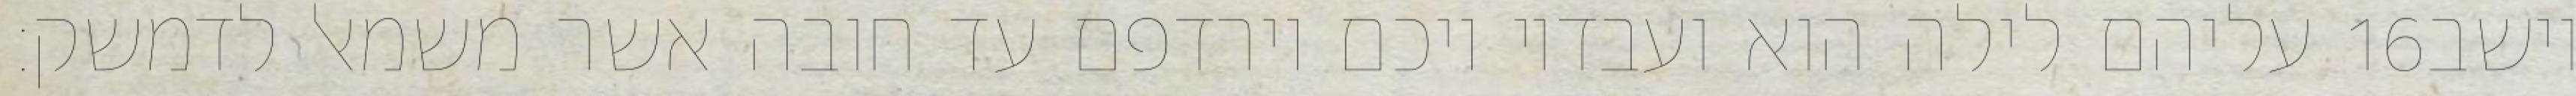
עליהם לילה הוא ועבדיו ויכם וירדפם עד חובה אשר משמאל לדמשק׃ ‎16‏ וישב